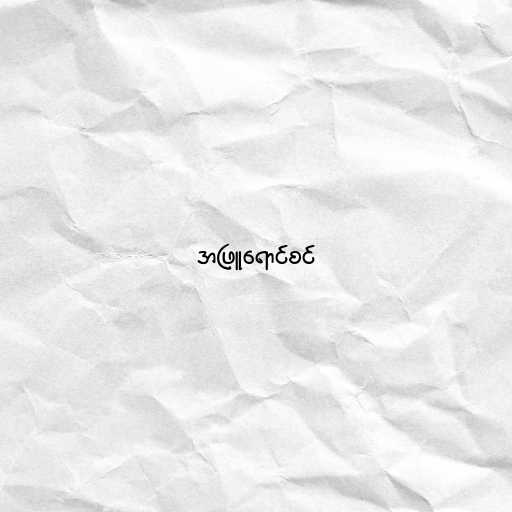
အဖြူရောင်စင်